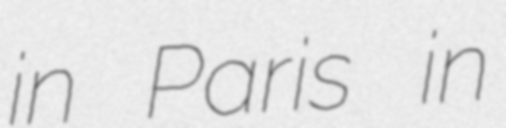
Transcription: in Paris in